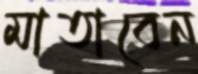
মাতাবেন